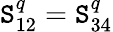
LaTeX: \mathtt{S}_{12}^{q}=\mathtt{S}_{34}^{q}